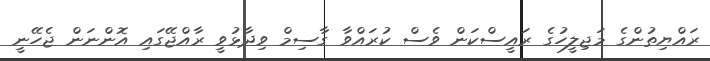
ރައްޔިތުންގެ މަޖިލީހުގެ ރައީސްކަން ވެސް ކުރައްވާ ގާސިމް ވިދާޅުވީ ރާއްޖޭގައި އޮންނަން ޖެހޭނީ